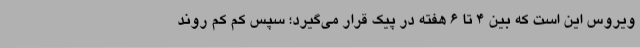
ویروس این است که بین ۴ تا ۶ هفته در پیک قرار می‌گیرد؛ سپس کم کم روند